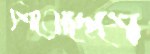
শিরোদেশে